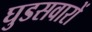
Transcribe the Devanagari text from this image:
घुडसवारों